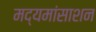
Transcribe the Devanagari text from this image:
मद्यमांसाशन